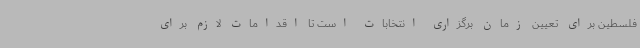
فلسطین برای تعیین زمان برگزاری انتخابات است تا اقدامات لازم برای